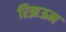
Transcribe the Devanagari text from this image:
रिझऊन